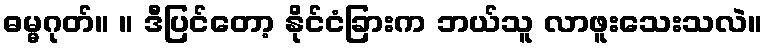
ဓမ္မဂုတ်။ ။ ဒီပြင်တော့ နိုင်ငံခြားက ဘယ်သူ လာဖူးသေးသလဲ။